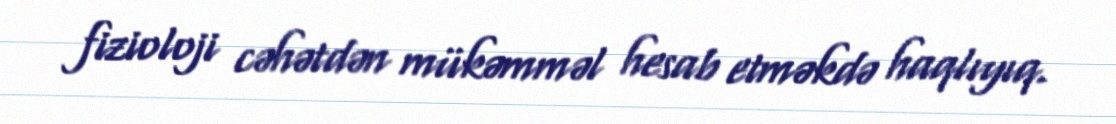
fizioloji cəhətdən mükəmməl hesab etməkdə haqlıyıq.